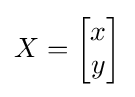
X={\begin{bmatrix}x\\y\end{bmatrix}}